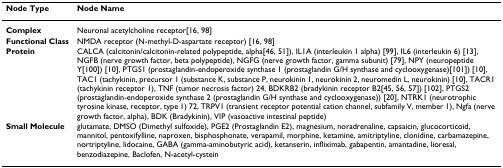
| Node Type | Node Name |
 | --- | --- |
 | Complex | Neuronal acetylcholine receptor[16, 98] |
 | Functional Class | NMDA receptor (N-methyl-D-aspartate receptor) [16, 98] |
 | Protein | CALCA (calcitonin/calcitonin-related polypeptide, alpha[46, 51]), IL1A (interleukin 1 alpha) [99], IL6 (interleukin 6) [13], NGFB (nerve growth factor, beta polypeptide), NGFG (nerve growth factor, gamma subunit) [79], NPY (neuropeptide Y[100]) [10], PTGS1 (prostaglandin-endoperoxide synthase 1 (prostaglandin G/H synthase and cyclooxygenase)[101]) [10], TAC1 (tachykinin, precursor 1 (substance K, substance P, neurokinin 1, neurokinin 2, neuromedin L, neurokinin) [10], TACR1 (tachykinin receptor 1), TNF (tumor necrosis factor) 24, BDKRB2 (bradykinin receptor B2[45, 56, 57]) [102], PTGS2 (prostaglandin-endoperoxide synthase 2 (prostaglandin G/H synthase and cyclooxygenase)) [20], NTRK1 (neurotrophic tyrosine kinase, receptor, type 1) 72, TRPV1 (transient receptor potential cation channel, subfamily V, member 1), Ngfa (nerve growth factor, alpha), BDK (Bradykinin), VIP (vasoactive intestinal peptide) |
 | Small Molecule | glutamate, DMSO (Dimethyl sulfoxide), PGE2 (Prostaglandin E2), magnesium, noradrenaline, capsaicin, glucocorticoid, mannitol, pentoxifylline, naproxen, bisphosphonate, verapamil, morphine, ketamine, amitriptyline, clonidine, carbamazepine, nortriptyline, lidocaine, GABA (gamma-aminobutyric acid), ketanserin, infliximab, gabapentin, amantadine, lioresal, benzodiazepine, Baclofen, N-acetyl-cystein |